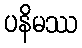
ပနိမဿ